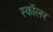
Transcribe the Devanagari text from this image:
स्‍कॉलर